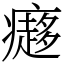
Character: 㿐